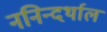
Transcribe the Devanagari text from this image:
ननिन्दर्थाल